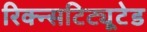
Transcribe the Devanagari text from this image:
रिक्न्सटिट्यूटेड